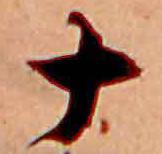
十